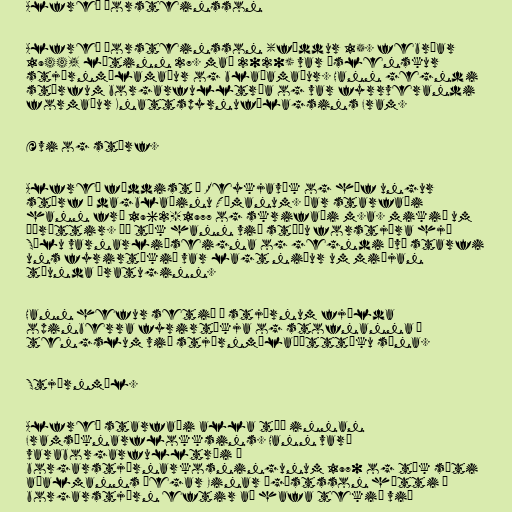
Alfreð Þorsteinsson

Alfreð Þorsteinsson (fæddur 15. febrúar
1944, látinn 27. maí 2020) var íslenskur
stjórnmálamaður og blaðamaður. Hann gegndi
störfum borgarfulltrúa og var fyrrverandi
formaður Knattspyrnufélagsins Fram.

Ævi og störf.

Alfreð fæddist í Reykjavík og hóf ungur
störf á dagblaðinu Tímanum. Þar starfaði
hann frá 1962-1977 og skrifaði m.a. mikið um
íþróttir. Þá tók hann við stöðu forstjóra hjá
Sölu varnarliðseigna og gegndi því starfi
uns fyrirtækið var lagt niður um miðjan
tíunda áratuginn.

Hann hefur setið í stjórnum fjölda
opinberra fyrirtækja og stofnanna í
tengslum við stjórnmálaþátttöku sína.

Stjórnmál.

Alfreð starfaði alla tíð innan
Framsóknarflokksins. Hann varð
varaborgarfulltrúi í
borgarstjórnarkosningunum 1970 og tók sæti
aðalmanns þegar Einar Ágústsson hætti í
borgarstjórn eftir að hafa tekið við